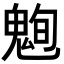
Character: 𮫞